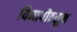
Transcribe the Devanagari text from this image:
विद्यापीठतून